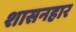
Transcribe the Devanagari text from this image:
शासनहार